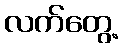
လက်တွေ့